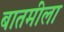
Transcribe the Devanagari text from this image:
बातमीला